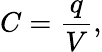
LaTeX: C={\frac{q}{V}},